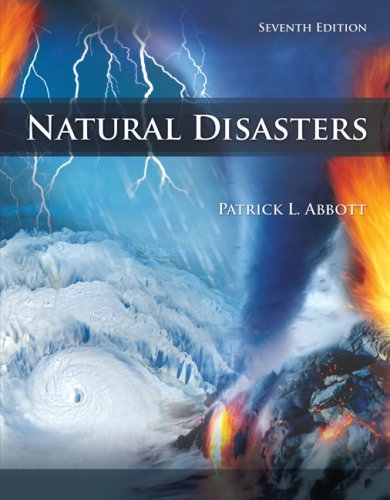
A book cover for Natural Disasters; Patrick Leon Abbott; Science & Math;